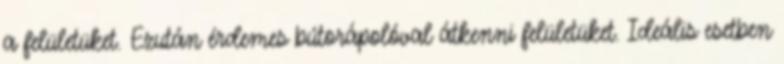
a felületüket. Ezután érdemes bútorápolóval átkenni felületüket. Ideális esetben